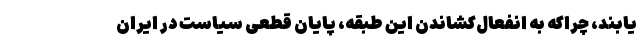
یابند، چراکه به‌ انفعال‌کشاندن این طبقه، پایان قطعی سیاست در ایران